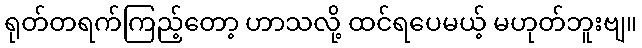
ရုတ်တရက်ကြည့်တော့ ဟာသလို့ ထင်ရပေမယ့် မဟုတ်ဘူးဗျ။